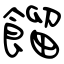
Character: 餾